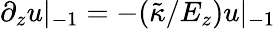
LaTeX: \partial_{z}u|_{-1}=-(\tilde{\kappa}/E_{z})u|_{-1}